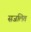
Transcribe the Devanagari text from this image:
सजलित